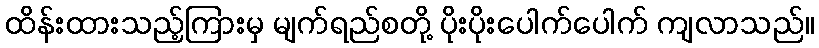
ထိန်းထားသည့်ကြားမှ မျက်ရည်စတို့ ပိုးပိုးပေါက်ပေါက် ကျလာသည်။